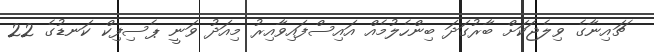
ޗައިނާގެ ވިލެޖަކަށް ބާރުގަދަ ބިންހެލުމެއް އައިސްފައިވާއިރު މިއަދު ވަނީ ޕެސިފިކް ކަނޑުގެ 22